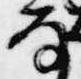
な